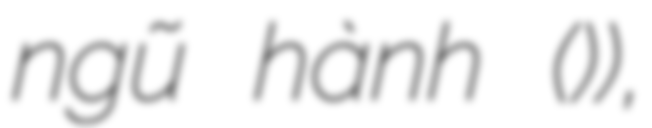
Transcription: ngũ hành (五行)),